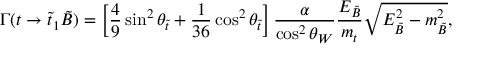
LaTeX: \Gamma ( t \to \tilde { t } _ { 1 } \tilde { B } ) = \left[ \frac { 4 } { 9 } \sin ^ { 2 } \theta _ { \tilde { t } } + \frac { 1 } { 3 6 } \cos ^ { 2 } \theta _ { \tilde { t } } \right] \frac { \alpha } { \cos ^ { 2 } \theta _ { W } } \frac { E _ { \tilde { B } } } { m _ { t } } \sqrt { E _ { \tilde { B } } ^ { 2 } - m _ { \tilde { B } } ^ { 2 } } ,